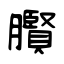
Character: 臔